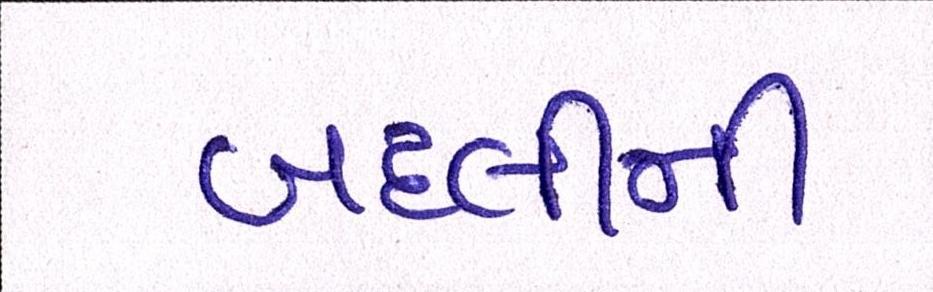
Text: બદલીની